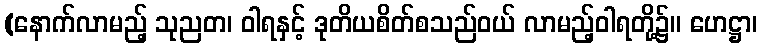
(နောက်လာမည့် သုညတ၊ ဝါရနှင့် ဒုတိယစိတ်စသည်ဝယ် လာမည့်ဝါရတို့၌။ ဟေဋ္ဌာ၊